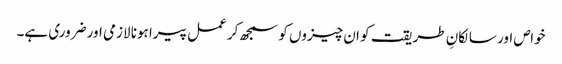
خواص اور سالکانِ طریقت کو ان چیزوں کو سمجھ کر عمل پیرا ہونا لازمی اور ضروری ہے۔